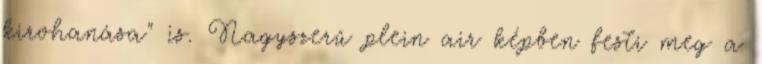
kirohanása" is. Nagyszerű plein air képben festi meg a